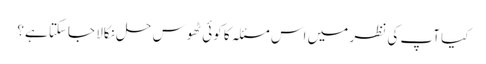
کیا آپ کی نظر میں اس مسئلہ کا کوئی ٹھوس حل نکالا جاسکتا ہے؟